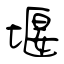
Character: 堰